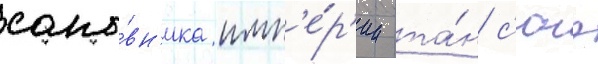
сано́вн'ика имп'е́р'ии та́н с'юэ